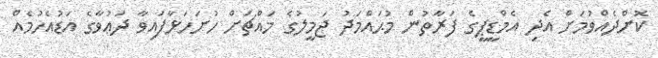
ކޮށްދެއްވުމަށް އެދި އެމްޑީޕީގެ ފަރާތުން މުޙައްމަދު ޖަމީލުގެ މައްޗަށް ހުށަހަޅާފައިވާ ދަޢުވާގެ އަޑުއެހުމެއް